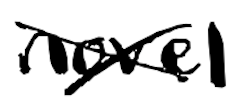
Text: novel
Cross-out: cross
Writing tool: digital_black